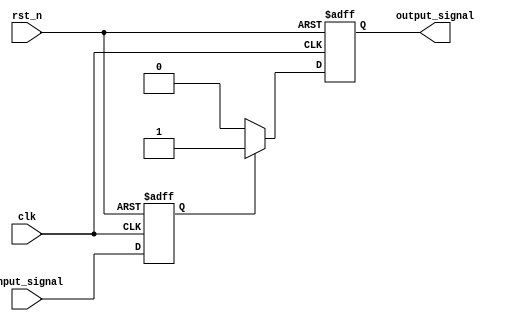
`timescale 1ns/1ns

module sync
#(
    parameter  DLY_NUM =  1,
    parameter  INIT_VAL = 1'b0
)
(
    input  wire clk,
    input  wire rst_n,
    input  wire input_signal,
    output wire output_signal
);

parameter U_DLY = 1;
generate
    //output directly
    if(DLY_NUM == -1) begin
        assign output_signal = (input_signal == 1'b0 ) ? 1'b0 : 1'b1;
    end
    //dly one cycle
    else if(DLY_NUM == 0) begin
        reg output_signal_reg;
        
        assign output_signal = output_signal_reg;

        always @(posedge clk or negedge rst_n) 
        begin
            if(rst_n == 1'b0) begin
                output_signal_reg <= #U_DLY INIT_VAL;
            end
            else
                output_signal_reg <= #U_DLY input_signal;
        end
    end
    //dly more than one cycles
    else begin
        reg output_signal_reg;
        reg [DLY_NUM-1:0] output_signal_dly;

        assign output_signal = output_signal_reg;

        always @(posedge clk or negedge rst_n) 
        begin
            if(rst_n == 1'b0) begin
                output_signal_dly[DLY_NUM:0] <= #U_DLY {DLY_NUM{INIT_VAL}};
            end
            else begin
                output_signal_dly[DLY_NUM:0] <= #U_DLY {output_signal_dly[DLY_NUM-1:0],input_signal};
            end
        end

        always @(posedge clk or negedge rst_n) 
        begin
            if(rst_n == 1'b0) begin
                output_signal_reg <= #U_DLY INIT_VAL;
            end
            else if(output_signal_dly[DLY_NUM-1] == !INIT_VAL) begin
                output_signal_reg <= #U_DLY !INIT_VAL;
            end
            else begin
                output_signal_reg <= #U_DLY INIT_VAL;
            end
        end
    end
endgenerate



endmodule